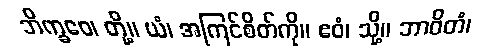
ဘိက္ခဝေ၊ တို့။ ယံ၊ အကြင်စိတ်ကို။ ဧဝံ၊ သို့။ ဘာဝိတံ၊